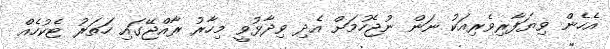
އެހެން ވިޔަފާރިވެރިއަކު ނަން ނުޖެހުމަށް އެދި ވިދާޅުވީ މިހާރު ރާއްޖޭގައި ހަތަރު ޓެކުހެއް